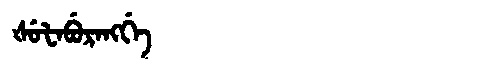
Manchu: ᡧᡠᡶᠠᠪᡠᡵᠠᠩᡤᡝ
Romanization: ŠUFABURANGGE